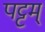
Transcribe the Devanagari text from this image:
पट्टम्